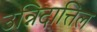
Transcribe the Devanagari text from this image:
उन्निदात्तिल